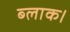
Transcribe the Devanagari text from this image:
ब्‍लाक।